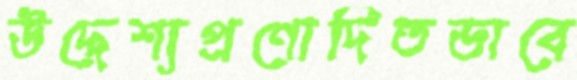
উদ্দেশ্যপ্রণোদিতভাবে